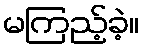
မကြည့်ခဲ့။